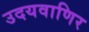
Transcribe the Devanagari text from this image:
उदयवाणिर